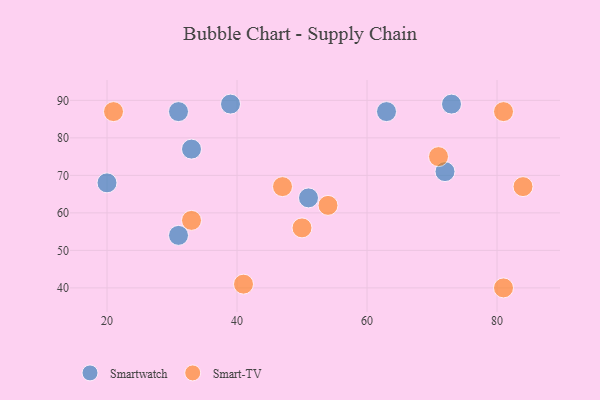
{"axis": {"x": "GDP", "y": "Life Expectancy"}, "legend": ["Smart-TV", "Smartwatch"], "data": [{"x": "39", "y": 89, "type": "Smartwatch"}, {"x": "63", "y": 87, "type": "Smartwatch"}, {"x": "33", "y": 77, "type": "Smartwatch"}, {"x": "31", "y": 54, "type": "Smartwatch"}, {"x": "72", "y": 71, "type": "Smartwatch"}, {"x": "31", "y": 87, "type": "Smartwatch"}, {"x": "20", "y": 68, "type": "Smartwatch"}, {"x": "73", "y": 89, "type": "Smartwatch"}, {"x": "51", "y": 64, "type": "Smartwatch"}, {"x": "50", "y": 56, "type": "Smart-TV"}, {"x": "47", "y": 67, "type": "Smart-TV"}, {"x": "81", "y": 87, "type": "Smart-TV"}, {"x": "54", "y": 62, "type": "Smart-TV"}, {"x": "33", "y": 58, "type": "Smart-TV"}, {"x": "21", "y": 87, "type": "Smart-TV"}, {"x": "41", "y": 41, "type": "Smart-TV"}, {"x": "81", "y": 40, "type": "Smart-TV"}, {"x": "71", "y": 75, "type": "Smart-TV"}, {"x": "84", "y": 67, "type": "Smart-TV"}]}